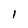
Character: 1